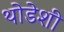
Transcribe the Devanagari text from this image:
थोडेशी